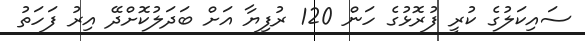
ސައިކަލުގެ ކުރީ ފުރޮޅުގެ ހަން 120 ރުފިޔާ އަށް ބަދަލުކޮށްދޭ އިރު ފަހަތު